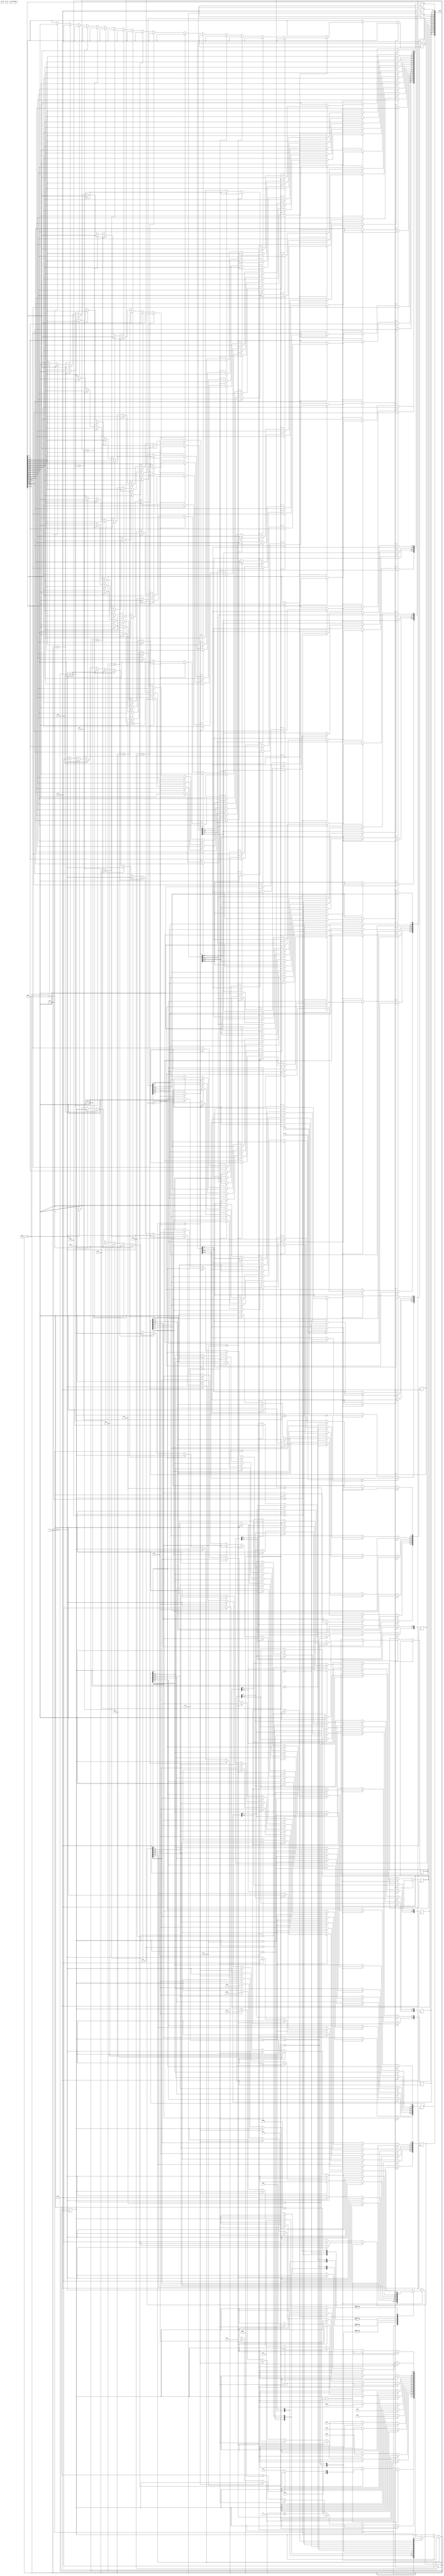
module eth_rec_ee(clk,dataout_rx,rx_clk,rx_er,rx_dv,rx_crs,rx_col,temp);
  input clk;
  input rx_clk;
  input rx_er;
  input rx_dv;
  input rx_crs;
  input rx_col; 
  input [3:0]dataout_rx;
  output [511:0]temp;
  
  
  //reg

  wire [3:0]rx_data_1;
  wire [3:0]rx_data_2;
   
   reg [15:0]rx_frame_type;
   reg [15:0]rx_hard_type;
   reg [15:0]rx_protocol_type;
   reg [7:0] rx_hard_len;
   reg [7:0] rx_ip_len;
   reg [15:0]replay;
   reg [143:0] rx_padding_reg;
   reg [4:0]st=5'b00001;
   reg [19:0] cnt=0;
   reg [47:0]bmac1;
   reg [47:0]smac1;
   reg [47:0]smac2;
   reg [47:0]desm;
   reg [31:0]sip1;
   reg [31:0]mip2;
   reg [31:0]crc_rx;
  wire [7:0] crt_data;
  wire repclk;
  
  parameter  rpre=5'b00001,rdes_add=5'b00010,rsrc_add=5'b00011,rfrm_ty=5'b00100,rht=5'b00101,rpt=5'b00110,
  rhl=5'b00111,ripl=5'b01000, rreq=5'b01001,rsmac =5'b01010,rsip=5'b01011,rdmac=5'b01100,rdip=5'b01101,rpadding=5'b01110,
  rcrc_type=5'b01111;
  assign temp[511:0]={bmac1[47:0],smac1[47:0],rx_frame_type[15:0],rx_hard_type[15:0],rx_protocol_type[15:0],rx_hard_len[7:0],rx_ip_len[7:0],replay[15:0],smac2[47:0],sip1[31:0],desm[47:0],mip2[31:0],rx_padding_reg[143:0],crc_rx[31:0]};
  assign crt_data={rx_data_2,rx_data_1}; 
  /*dd_rec xy(
	dataout_rx,
        repclk,
	rx_data_1,
	rx_data_2);
	
	rx_rep_clk zx(
	clk,
	repclk);*/

	
	  always @(posedge clk) 
     begin 
          if(rx_dv^rx_er==1'b0)
				      begin
				     cnt<=1'b0;				       
				      end
			    else if(rx_dv^rx_er==1'b1)
				     begin
            cnt<=cnt+1'b1;
             case (st)       
              rpre:begin
		                if(cnt>=20'd0 && cnt<20'd7)
                      begin
                         if(crt_data== 8'h55)
                           begin
                           st<=rpre;
                           end
                         else //if (crt_data!= 8'h55)
                           begin 
                           cnt<=20'd0;
                           st<=rpre;
                           end
                      end 
                      else if(cnt==20'd7)
                        begin
                         if(crt_data== 8'hd5)
                           begin
                           cnt<=20'd0;
                           st<=rdes_add;
                           end
                         else //if (crt_data!= 8'hd5)
                           begin
                           cnt<=20'd0;
                           st<=rpre;
                           end
                      end 
                 end
             
              rdes_add : begin
                 if(cnt==20'd0) 
                 begin  
                    bmac1[47:40]<=crt_data;
                 end
                 else if(cnt==20'd1)
                  begin                   
                   bmac1[39:32]<=crt_data;
                  end
                 else if(cnt==20'd2)
                  begin                                   
                   bmac1[31:24]<=crt_data;                                 
                  end                                                      
                 else if(cnt==20'd3)                                    
                  begin                                             
                   bmac1[23:16]<=crt_data; 
                  end                                                      
                 else if(cnt==20'd4)                                       
                  begin                  
                   bmac1[15:8]<= crt_data; 
                  end
                 else if(cnt==20'd5)
                  begin
                   bmac1[7:0]<=crt_data; 
                   cnt<=20'd0;
                   st<= rsrc_add;
                  end
                
                end
            rsrc_add :begin
                if(cnt==20'd0)
                  begin
                    smac1[47:40]<=crt_data; 
                  end
                else if(cnt==20'd1)
                  begin
                    smac1[39:32]<=crt_data; 
                  end
                else if(cnt==20'd2)
                  begin
                    smac1[31:24]<=crt_data; 
                  end
                else if(cnt==20'd3)
                  begin                    
                    smac1[23:16]<=crt_data; 
                 end
                else if(cnt==20'd4)
                  begin
                    smac1[15:8]<=crt_data; 
                  end
                else if(cnt==20'd5)
                  begin
                    smac1[7:0]<=crt_data; 
                    cnt<=20'd0;
                    st<=rfrm_ty;
                  end 
                    
                end
             rfrm_ty : begin
                if(cnt==20'd0)
                  begin
                  rx_frame_type[15:8]<=crt_data;                                       
                  end
                else if(cnt==20'd1)
                  begin                  
                    rx_frame_type[7:0]<=crt_data;                                                         
                    cnt<=20'd0;
                    st<=rht;  
                  end
               end
                rht:begin
                  if(cnt==20'd0)
                  begin                     
                     rx_hard_type[15:8]<=crt_data; 
                  end
                else if(cnt==20'd1)
                  begin                     
                     rx_hard_type[7:0]<=crt_data; 
                     cnt<=20'd0;
                     st<=rpt;
                  end
               end
               rpt:begin
                  if(cnt==20'd0)
                  begin                     
                     rx_protocol_type[15:8]<=crt_data; 
                  end
                 else if(cnt==20'd1)
                   begin                     
                     rx_protocol_type[7:0]<=crt_data; 
                     cnt<=20'd0;
                     st<=rhl;
                   end
                   end
                rhl: begin
                   if(cnt==20'd0)
                   begin                     
                      rx_hard_len[7:0]<=crt_data; 
                      cnt<=20'd0;
                      st<=ripl;
                    end
                    end
                ripl :begin
                   if(cnt==20'd0)
                  begin                     
                      rx_ip_len[7:0]<=crt_data; 
                      cnt<=20'd0;
                      st<=rreq;
                  end
                  end
                rreq : begin
                if(cnt==20'd0)
                   begin                    
                     replay[15:8]<=crt_data; 
                   end
                 else if(cnt==20'd1)
                   begin                    
                     replay[7:0]<=crt_data; 
                     cnt<=20'd0;
                     st<=rsmac;                               
                  end
                  end
               rsmac :begin
                if(cnt==20'd0)
                  begin                   
                    smac2[47:40]<= crt_data; 
                  end
                else if(cnt==20'd1)
                  begin                   
                    smac2[39:32]<= crt_data; 
                  end
                else if(cnt==20'd2)
                  begin                   
                    smac2[31:24]<=crt_data; 
                  end
                else if(cnt==20'd3)
                  begin                    
                    smac2[23:16]<= crt_data; 
                 end
                else if(cnt==20'd4)
                  begin                    
                    smac2[15:8]<= crt_data;                
                  end
                else if(cnt==20'd5)
                  begin                    
                    smac2[7:0]<= crt_data; 
                    cnt<=20'd0;
                    st<=rsip;
                  end
                end
                rsip :begin
                if(cnt==20'd0)
                  begin
                    sip1[31:24]<=crt_data; 
                  end
                else if(cnt==20'd1)
                  begin
                    sip1[23:16]<=crt_data; 
                  end
                else if(cnt==20'd2)
                  begin                   
                    sip1[15:8]<=crt_data; 
                  end
                  else if(cnt==20'd3)
                  begin                    
                    sip1[7:0]<=crt_data; 
                    cnt<=20'd0;
                    st<=rdmac;
                  end
                  end
             rdmac :begin
               if(cnt==20'd0)
                  begin                    
                    desm[47:40]<=crt_data; 
                  end 
               else if(cnt==20'd1)
                  begin                    
                    desm[39:32]<=crt_data; 
                  end 
               else if(cnt==20'd2)
                  begin                                                  
                    desm[31:24]<=crt_data;                                 
                  end                                                      
                else if(cnt==20'd3)                                    
                  begin                                                
                    desm[23:16]<=crt_data; 
                  end                                                     
                else if(cnt==20'd4)                                       
                  begin                    
                    desm[15:8]<=crt_data; 
                  end
                else if(cnt==20'd5)
                  begin
                  cnt<=20'd0;                   
                  desm[7:0]<=crt_data; 
                  st<=rdip ;   
                   end
                end
              rdip : begin

                if(cnt==20'd0)
                  begin                   
                    mip2[31:24]<=crt_data; 
                  end
                else if(cnt==20'd1)
                  begin                   
                    mip2[23:16]<=crt_data; 
                  end
                else if(cnt==20'd2)
                   begin 
                    mip2[15:8]<=crt_data; 
                  end
                else if(cnt==20'd3)
                   begin
                    mip2[7:0]<=crt_data;
                    cnt<=20'd0;
                    st<=rpadding; 
                  end
                  end 
              rpadding:begin
                  
               if(cnt==20'd0)
                  begin                 
                    rx_padding_reg[143:136]<=crt_data; 
                 end  
                else if(cnt==20'd1)
                  begin                 
                    rx_padding_reg[135:128]<=crt_data; 
                 end  
                  else if(cnt==20'd2)
                  begin                 
                    rx_padding_reg[127:120]<=crt_data; 
                  end  
                 else if(cnt==20'd3)
                  begin                 
                    rx_padding_reg[119:112]<=crt_data; 
                 end  
                 else if(cnt==20'd4)
                  begin                 
                    rx_padding_reg[111:104]<=crt_data; 
                 end  
                 else if(cnt==20'd5)
                  begin                 
                    rx_padding_reg[103:96]<=crt_data; 
                 end  
                 else if(cnt==20'd6)
                  begin                 
                    rx_padding_reg[95:88]<=crt_data; 
                 end  
                 else if(cnt==20'd7)
                  begin                 
                    rx_padding_reg[87:80]<=crt_data; 
                  end  
                 else if(cnt==20'd8)
                  begin                 
                    rx_padding_reg[79:72]<=crt_data; 
                 end  
                 else if(cnt==20'd9)
                  begin                 
                    rx_padding_reg[71:64]<=crt_data; 
                 end  
                 else if(cnt==20'd10)
                  begin                 
                    rx_padding_reg[63:56]<=crt_data; 
                 end  
                 else if(cnt==20'd11)
                  begin                 
                    rx_padding_reg[55:48]<=crt_data; 
                 end  
                 else if(cnt==20'd12)
                  begin                 
                    rx_padding_reg[47:40]<=crt_data; 
                  end  
                 else if(cnt==20'd13)
                  begin                 
                    rx_padding_reg[39:32]<=crt_data; 
                 end 
                 else if(cnt==20'd14)
                  begin                 
                    rx_padding_reg[31:24]<=crt_data; 
                 end  
                 else if(cnt==20'd015)
                  begin                 
                    rx_padding_reg[23:16]<=crt_data; 
                 end  
                 else if(cnt==20'd16)
                  begin                 
                    rx_padding_reg[15:8]<=crt_data; 
                 end                   
                 else if(cnt==20'd17)
                 begin
                    st<= rcrc_type; 
                    rx_padding_reg[7:0]<=crt_data;                   
                    cnt<=20'd0;
                  end
                  end 
              rcrc_type : begin
                if(cnt==20'd0)
                  begin                   
                   crc_rx[31:24]<=crt_data; 
                  end
                else if(cnt==20'd1)
                  begin                   
                   crc_rx[23:16]<=crt_data; 
                  end
                else  if(cnt==20'd2)
                  begin                   
                   crc_rx[15:8]<=crt_data; 
                   end
                  else  if(cnt==20'd3)
                  begin                   
                   crc_rx[7:0]<=crt_data; 
                   cnt<=20'd0;
                   st<=rpre;
                  end
                  end    
                    
endcase
end
end
endmodule